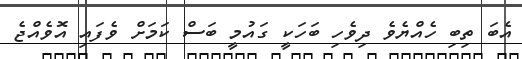
އެބަ ތިބި ހެއްޔެވެ ދިވެހި ބަހަކީ ގައުމީ ބަސް ކަމަށް ވެފައި އޮވެއްޖެ